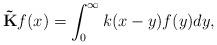
LaTeX: \begin{align*}\mathbf{\tilde{K}}f(x)=\int_{0}^{\infty}k(x-y)f(y)dy,\end{align*}